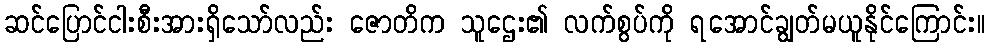
ဆင်ပြောင်ငါးစီးအားရှိသော်လည်း ဇောတိက သူဌေး၏ လက်စွပ်ကို ရအောင်ချွတ်မယူနိုင်ကြောင်း။